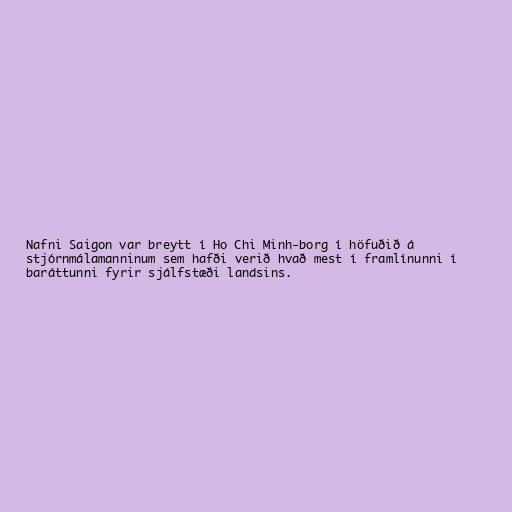
Nafni Saigon var breytt í Ho Chi Minh-borg í höfuðið á
stjórnmálamanninum sem hafði verið hvað mest í framlínunni í
baráttunni fyrir sjálfstæði landsins.